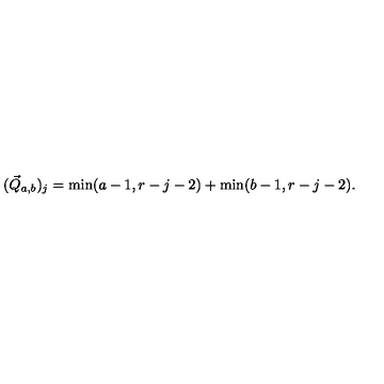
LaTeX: ( \vec { Q } _ { a , b } ) _ { j } = \min ( a - 1 , r - j - 2 ) + \min ( b - 1 , r - j - 2 ) .